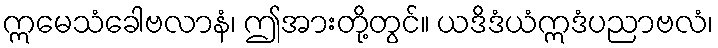
ဣမေသံခေါဗလာနံ၊ ဤအားတို့တွင်။ ယဒိဒံယံဣဒံပညာဗလံ၊